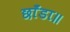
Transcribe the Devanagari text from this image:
छाँडा॥